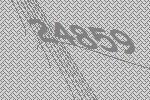
24859